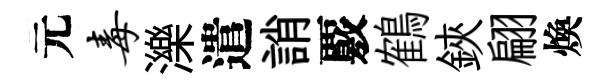
元毒濼遣誚覈鶴鋏翩煥